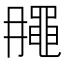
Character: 𪓘